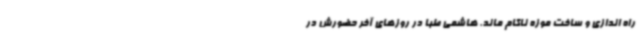
راه اندازی و ساخت موزه ناکام ماند. هاشمی طبا در روزهای آخر حضورش در